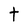
Character: t